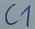
Text: C1